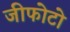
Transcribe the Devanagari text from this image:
जीफोटो